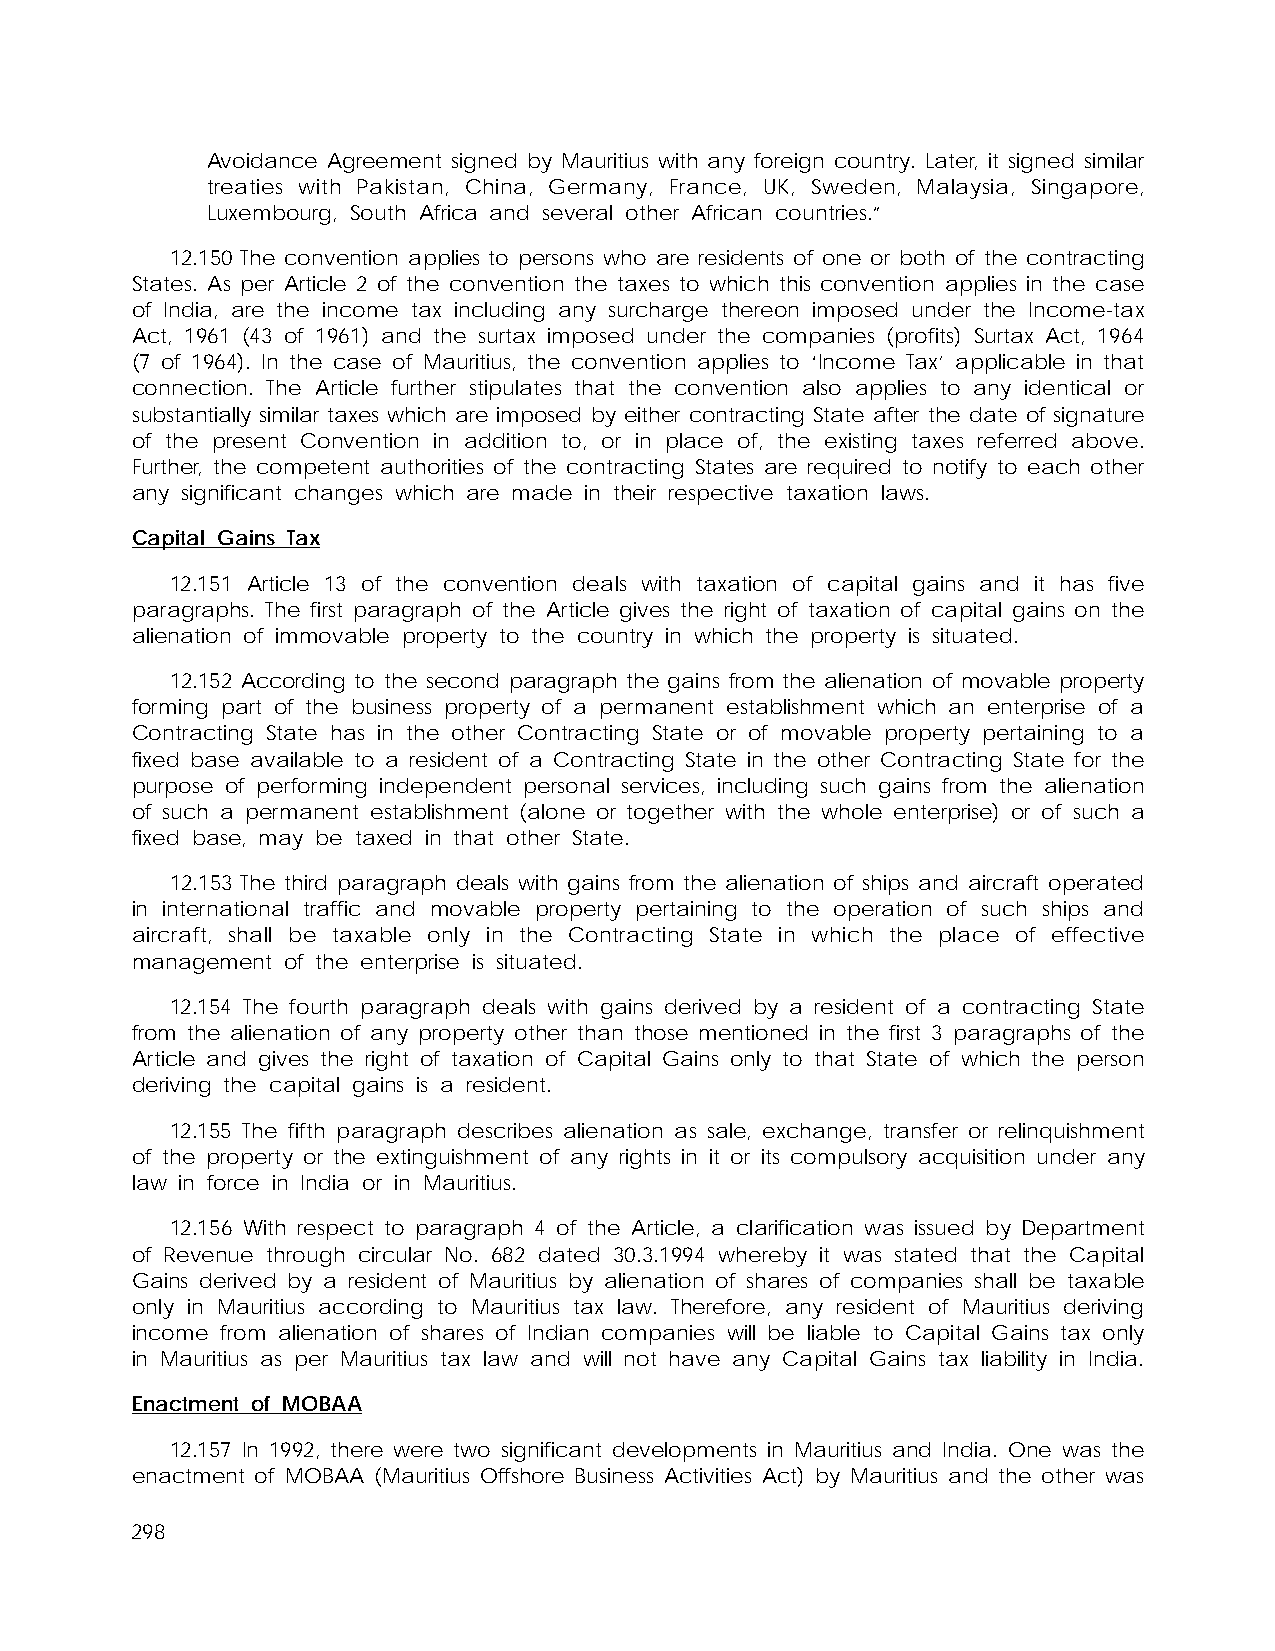
Avoidance Agreement signed by Mauritius with any foreign country. Later, it signed similar
 treaties with Pakistan, China, Germany, France, UK, Sweden, Malaysia, Singapore,
 Luxembourg, South Africa and several other African countries.”
 12.150 The convention applies to persons who are residents of one or both of the contracting
 States. As per Article 2 of the convention the taxes to which this convention applies in the case
 of India, are the income tax including any surcharge thereon imposed under the Income-tax
 Act, 1961 (43 of 1961) and the surtax imposed under the companies (profits) Surtax Act, 1964
 (7 of 1964). In the case of Mauritius, the convention applies to ‘Income Tax’ applicable in that
 connection. The Article further stipulates that the convention also applies to any identical or
 substantially similar taxes which are imposed by either contracting State after the date of signature
 of the present Convention in addition to, or in place of, the existing taxes referred above.
 Further, the competent authorities of the contracting States are required to notify to each other
 any significant changes which are made in their respective taxation laws.
 Capital Gains Tax
 12.151 Article 13 of the convention deals with taxation of capital gains and it has five
 paragraphs. The first paragraph of the Article gives the right of taxation of capital gains on the
 alienation of immovable property to the country in which the property is situated.
 12.152 According to the second paragraph the gains from the alienation of movable property
 forming part of the business property of a permanent establishment which an enterprise of a
 Contracting State has in the other Contracting State or of movable property pertaining to a
 fixed base available to a resident of a Contracting State in the other Contracting State for the
 purpose of performing independent personal services, including such gains from the alienation
 of such a permanent establishment (alone or together with the whole enterprise) or of such a
 fixed base, may be taxed in that other State.
 12.153 The third paragraph deals with gains from the alienation of ships and aircraft operated
 in international traffic and movable property pertaining to the operation of such ships and
 aircraft, shall be taxable only in the Contracting State in which the place of effective
 management of the enterprise is situated.
 12.154 The fourth paragraph deals with gains derived by a resident of a contracting State
 from the alienation of any property other than those mentioned in the first 3 paragraphs of the
 Article and gives the right of taxation of Capital Gains only to that State of which the person
 deriving the capital gains is a resident.
 12.155 The fifth paragraph describes alienation as sale, exchange, transfer or relinquishment
 of the property or the extinguishment of any rights in it or its compulsory acquisition under any
 law in force in India or in Mauritius.
 12.156 With respect to paragraph 4 of the Article, a clarification was issued by Department
 of Revenue through circular No. 682 dated 30.3.1994 whereby it was stated that the Capital
 Gains derived by a resident of Mauritius by alienation of shares of companies shall be taxable
 only in Mauritius according to Mauritius tax law. Therefore, any resident of Mauritius deriving
 income from alienation of shares of Indian companies will be liable to Capital Gains tax only
 in Mauritius as per Mauritius tax law and will not have any Capital Gains tax liability in India.
 Enactment of MOBAA
 12.157 In 1992, there were two significant developments in Mauritius and India. One was the
 enactment of MOBAA (Mauritius Offshore Business Activities Act) by Mauritius and the other was
 298